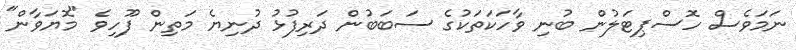
ނަމަވެސް ހޮސްޕިޓަލުން ބުނި ވާހަކަތަކުގެ ސަބަބުން ދަރިފުޅު ދުނިޔެ މަތިން ފޫހިވެ "މޮޔަވާން"